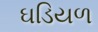
ઘડિયળ